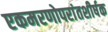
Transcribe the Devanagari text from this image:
एकमरणोपरांतशीर्षक